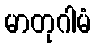
မာတုဂါမံ